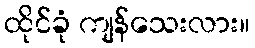
ထိုင်ခုံ ကျန်သေးလား။